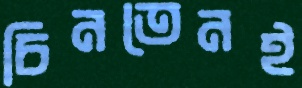
চিনতেনই